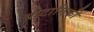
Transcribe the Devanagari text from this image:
बोटानिकी